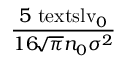
\displaystyle \frac { 5 \ensuremath { \mathrm { \ t e x t s l { v } } _ { 0 } } } { 1 6 \! \sqrt { \pi } n _ { 0 } \sigma ^ { 2 } }